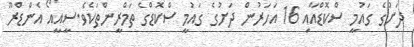
ދަށުގެ ގައުމީ ސްކޮޑްއާއި 16 އަހަރުން ދަށުގެ ގައުމީ ސްކޮޑްގެ ތަމްރީންތަކެވެ.ސީއީއޯ އެންޑްރޫ